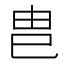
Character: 𭘋